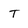
Character: t